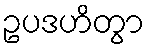
ဥပဒဟိတွာ